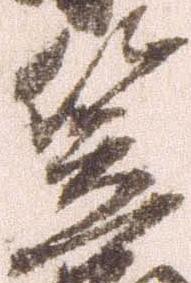
笠